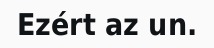
Ezért az un.